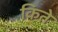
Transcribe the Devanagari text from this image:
किते